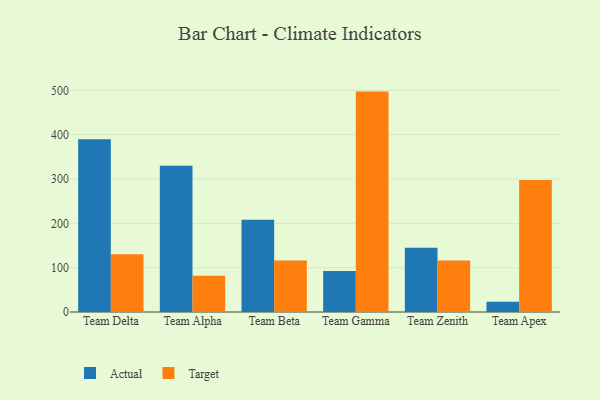
{"axis": {"x": "Team", "y": "Latency (ms)"}, "legend": ["Actual", "Target"], "data": [{"x": "Team Delta", "y": 389.4, "type": "Actual"}, {"x": "Team Delta", "y": 130.4, "type": "Target"}, {"x": "Team Alpha", "y": 329.9, "type": "Actual"}, {"x": "Team Alpha", "y": 81.9, "type": "Target"}, {"x": "Team Beta", "y": 207.8, "type": "Actual"}, {"x": "Team Beta", "y": 116.1, "type": "Target"}, {"x": "Team Gamma", "y": 92.4, "type": "Actual"}, {"x": "Team Gamma", "y": 497.1, "type": "Target"}, {"x": "Team Zenith", "y": 145.1, "type": "Actual"}, {"x": "Team Zenith", "y": 116.2, "type": "Target"}, {"x": "Team Apex", "y": 23.2, "type": "Actual"}, {"x": "Team Apex", "y": 297.9, "type": "Target"}]}